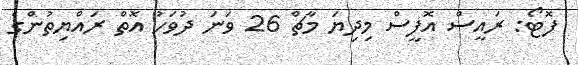
ފޮޓޯ: ރައީސް އޮފީސް މިދިޔަ މާޗް 26 ވަނަ ދުވަހު އޮތް ރައްޔިތުންގެ